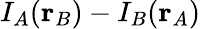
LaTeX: I_{A}({\mathbf r}_{B})-I_{B}({\mathbf r}_{A})